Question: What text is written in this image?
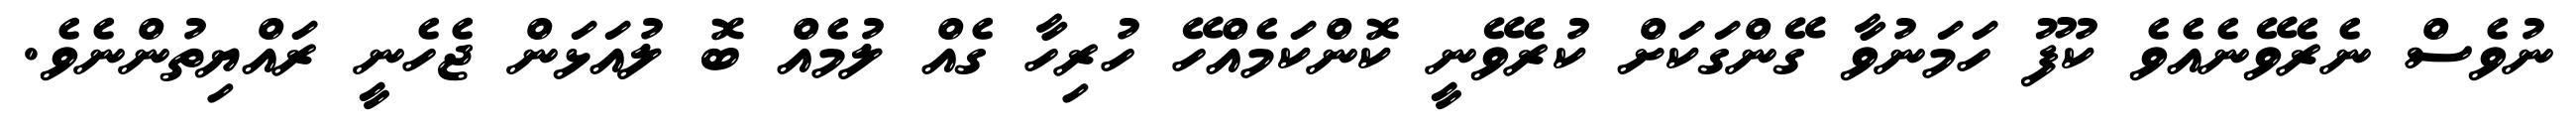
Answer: ނުވެސް ނެރެވޭނެއެވެ ކުފޫ ހަމަނުވާ ގޭންގަކަށް ކުރެވޭނީ ކޮންކަމެއްހޭ ހުރިހާ ގެއް ލުމެއް ބޮ ލުއަޅަން ޖެހެނީ ރައްޔިތުންނެވެ.